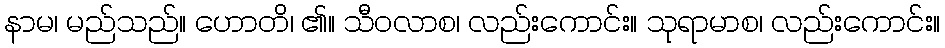
နာမ၊ မည်သည်။ ဟောတိ၊ ၏။ သီဝလာစ၊ လည်းကောင်း။ သုရာမာစ၊ လည်းကောင်း။